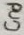
Text: Gnd